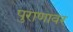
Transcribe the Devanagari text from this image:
पुराणावर